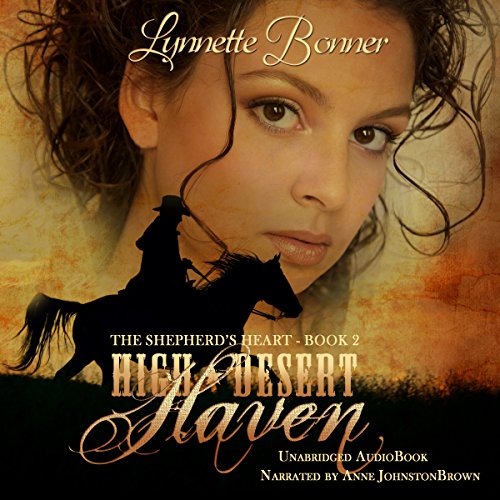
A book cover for High Desert Haven: The Shepherd's Heart, Book 2; Lynnette Bonner; Christian Books & Bibles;